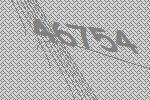
46754